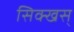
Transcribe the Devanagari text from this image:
सिक्खस्